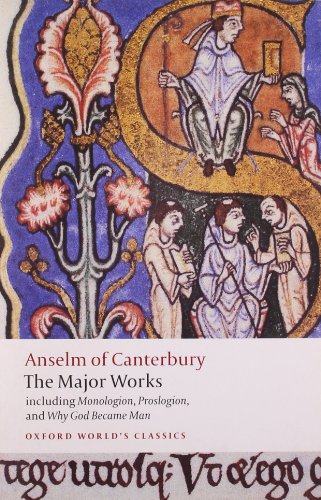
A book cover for Anselm of Canterbury: The Major Works (Oxford World's Classics); St. Anselm; Literature & Fiction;